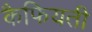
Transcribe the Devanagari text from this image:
कैफियती